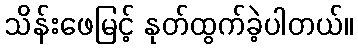
သိန်းဖေမြင့် နုတ်ထွက်ခဲ့ပါတယ်။